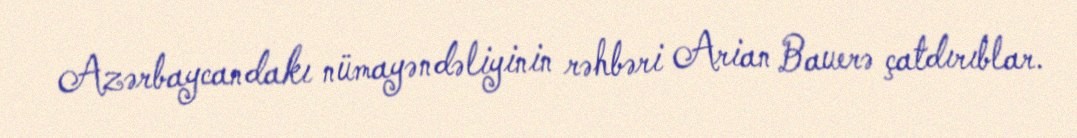
Azərbaycandakı nümayəndəliyinin rəhbəri Arian Bauerə çatdırıblar.